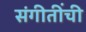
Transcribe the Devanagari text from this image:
संगीतींची